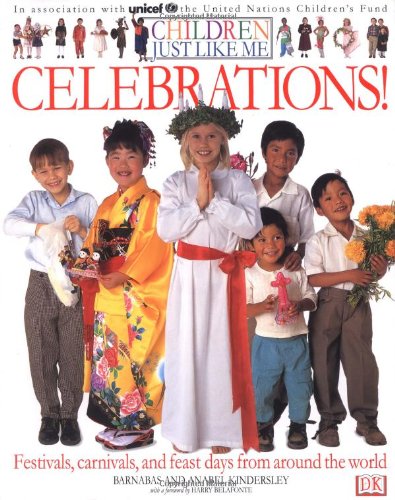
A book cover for Children Just Like Me: Celebrations!; Anabel Kindersley; Children's Books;